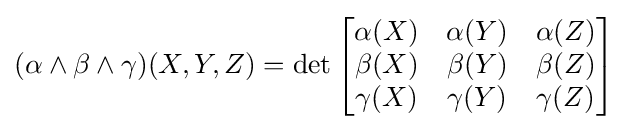
(\alpha \wedge \beta \wedge \gamma )(X,Y,Z)=\det {\begin{bmatrix}\alpha (X)&\alpha (Y)&\alpha (Z)\\\beta (X)&\beta (Y)&\beta (Z)\\\gamma (X)&\gamma (Y)&\gamma (Z)\end{bmatrix}}